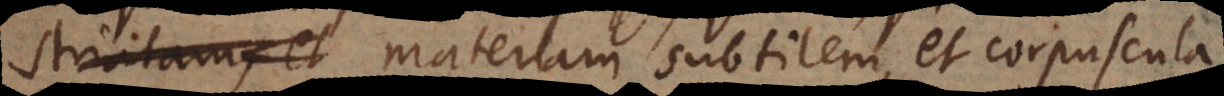
striatam, et subtilem, et corpuscula